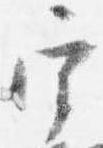
宰